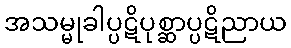
အသမ္မုခါပ္ပဋိပုစ္ဆာပ္ပဋိညာယ